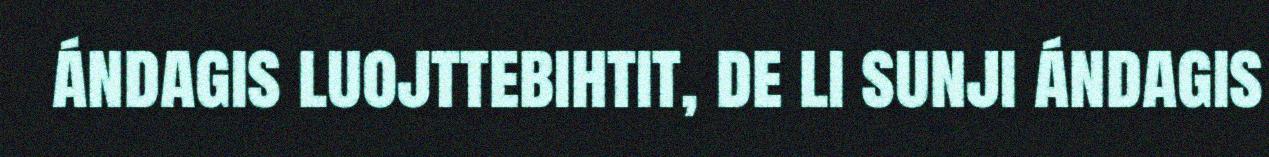
ándagis luojttebihtit, de li sunji ándagis